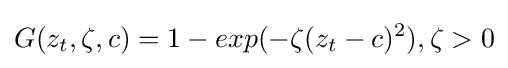
G(z_{t},\zeta ,c)=1-exp(-\zeta (z_{t}-c)^{2}),\zeta >0